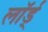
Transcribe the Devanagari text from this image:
लॉर्ड्